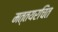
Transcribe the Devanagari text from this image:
मत्‍तयरचित